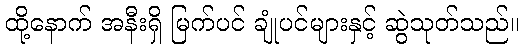
ထို့နောက် အနီးရှိ မြက်ပင် ချုံပင်များနှင့် ဆွဲသုတ်သည်။